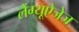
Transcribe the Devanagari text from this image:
लैंग्यूऐजेज